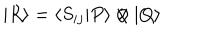
LaTeX: | R \rangle = \langle S _ { i j } | P \rangle \otimes | Q \rangle